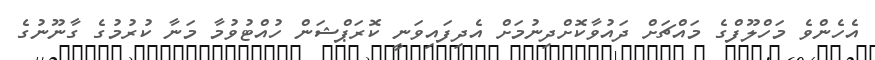
އެހެންވެ މަހްލޫފްގެ މައްޗަށް ދައުވާކޮށްދިނުމަށް އެދިފައިވަނީ ކޮރަޕްޝަން ހުއްޓުވުމާ މަނާ ކުރުމުގެ ގާނޫނުގެ